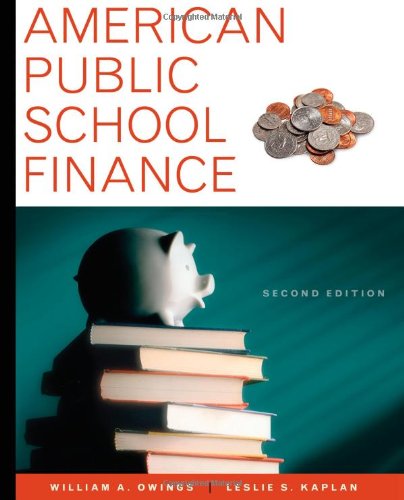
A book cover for American Public School Finance; William Owings; Education & Teaching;